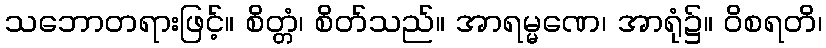
သဘောတရားဖြင့်။ စိတ္တံ၊ စိတ်သည်။ အာရမ္မဏေ၊ အာရုံ၌။ ဝိစရတိ၊